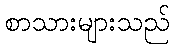
စာသားများသည်